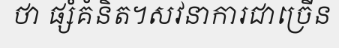
ថា ផ្សំគំនិត។សវនាការជាច្រើន